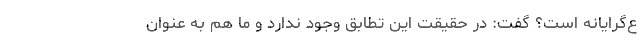
ع‌گرایانه است؟ گفت: در حقیقت این تطابق وجود ندارد و ما هم به عنوان